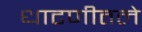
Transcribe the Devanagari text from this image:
धाटणीतले